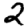
Digit: 2